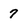
Character: 7